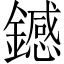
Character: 𫓏